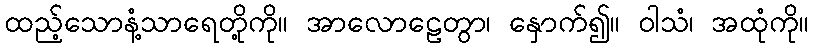
ထည့်သောနံ့သာရေတို့ကို။ အာလောဠေတွာ၊ နှောက်၍။ ဝါသံ၊ အထုံကို။